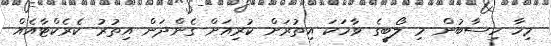
މިހާ ހިސާބުން މި ލޯބީގެ ވާހަކަ އިތުރަށް ކުރިއަށް ގެންދަން އިތުރު ކެރެކްޓާއެއް